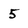
Character: 5